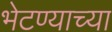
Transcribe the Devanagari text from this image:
भेटण्याच्या